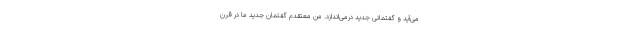
می‌آید و گفتمانی جدید درمی‌اندازد. من معتقدم گفتمان جدید ما در قرن